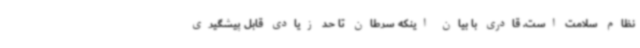
نظام سلامت است. قادری با بیان اینکه سرطان تا حد زیادی قابل پیشگیری